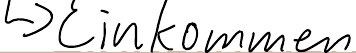
-> Einkommen